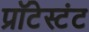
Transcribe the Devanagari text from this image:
प्रॉटेस्टंट